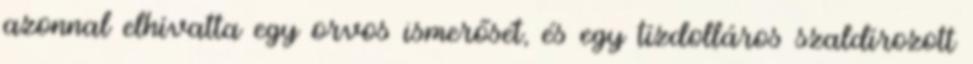
azonnal elhívatta egy orvos ismerősét, és egy tízdolláros szaldírozott